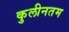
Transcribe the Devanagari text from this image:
कुलीनतम